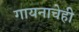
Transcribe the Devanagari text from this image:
गायनाचेही